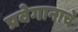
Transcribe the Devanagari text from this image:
प्रवेगानाचे